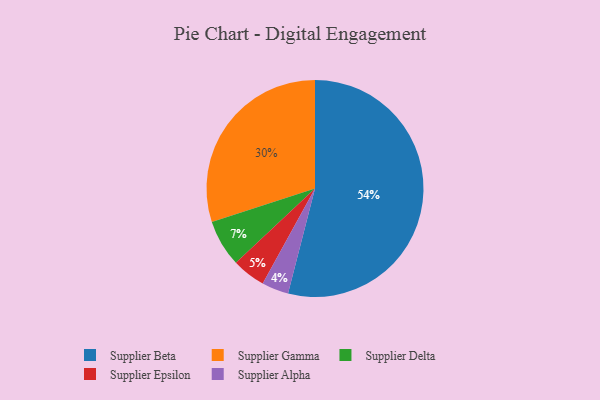
{"axis": {"x": "Category", "y": "Percentage"}, "legend": ["Supplier Alpha", "Supplier Beta", "Supplier Delta", "Supplier Epsilon", "Supplier Gamma"], "data": [{"x": "Supplier Delta", "y": 7, "type": "Supplier Delta"}, {"x": "Supplier Gamma", "y": 30, "type": "Supplier Gamma"}, {"x": "Supplier Alpha", "y": 4, "type": "Supplier Alpha"}, {"x": "Supplier Epsilon", "y": 5, "type": "Supplier Epsilon"}, {"x": "Supplier Beta", "y": 54, "type": "Supplier Beta"}]}